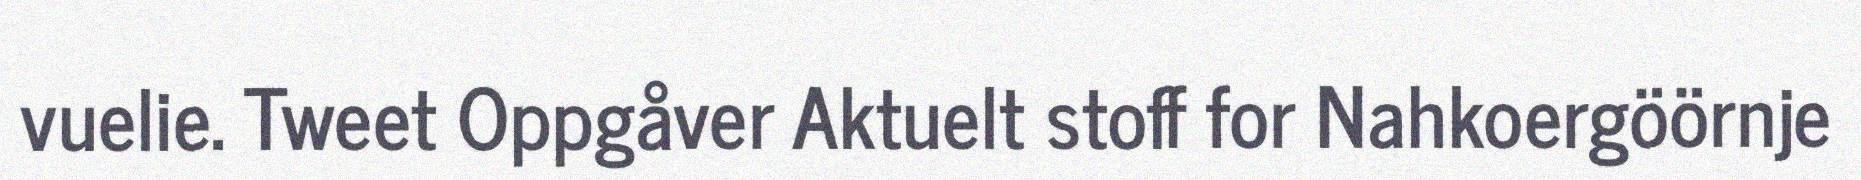
vuelie. Tweet Oppgåver Aktuelt stoff for Nahkoergöörnje